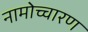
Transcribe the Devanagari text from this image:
नामोच्चारण